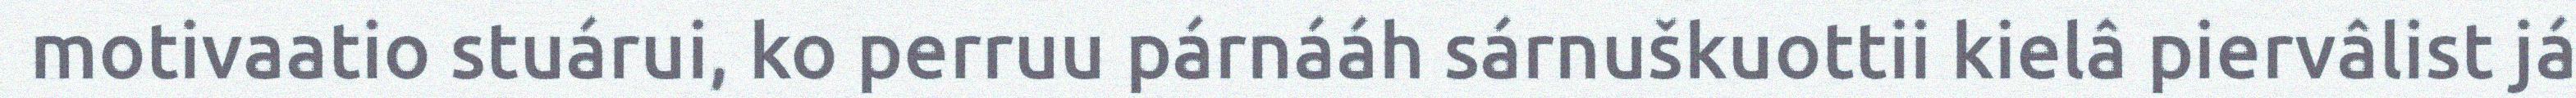
motivaatio stuárui, ko perruu párnááh sárnuškuottii kielâ piervâlist já